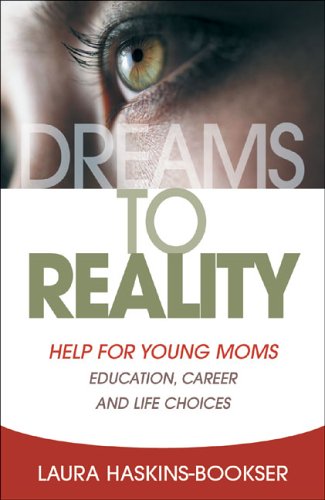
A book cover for Dreams to Reality: Help for Young Moms: Education, Career, and Life Choices; Laura Haskins-Bookser; Parenting & Relationships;